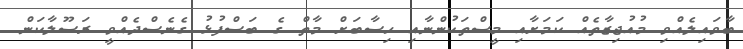
ބާވައިލެއްވި މުއުޖިޒާތެއް ކަމަށާއި މީސްތަކުންނާއި ހިސާބަށް މާތް ގެ ބަސްފުޅު ގެނެސްދެއްވީ ރަސޫލާކަން